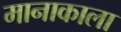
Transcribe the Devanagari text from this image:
मानाकाला